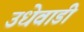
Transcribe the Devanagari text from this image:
उधेवाडी